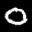
Label: 0